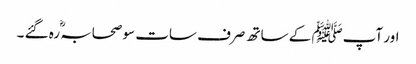
اور آپﷺ کے ساتھ صرف سات سو صحابہؓ رہ گئے ۔